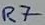
Text: R7